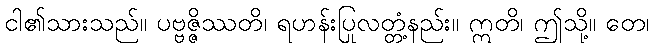
ငါ၏သားသည်။ ပဗ္ဗဇ္ဇိဿတိ၊ ရဟန်းပြုလတ္တံ့နည်း။ ဣတိ၊ ဤသို့။ တေ၊